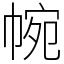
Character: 帵